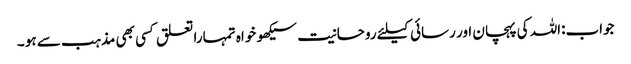
جواب:اللہ کی پہچان اور رسائی کیلئے روحانیت سیکھو خواہ تمہارا تعلق کسی بھی مذہب سے ہو ۔